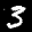
Label: 3